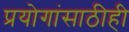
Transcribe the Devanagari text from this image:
प्रयोगांसाठीही